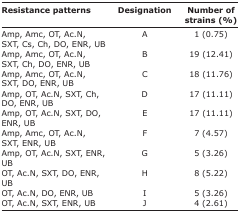
| Resistance patterns | Designation | Number of strains (%) |
 | --- | --- | --- |
 | Amp, Amc, OT, Ac.N, SXT, Cs, Ch, DO, ENR, UB | A | 1 (0.75) |
 | Amp, Amc, OT, Ac.N, SXT, Ch, DO, ENR, UB | B | 19 (12.41) |
 | Amp, Amc, OT, Ac.N, SXT, DO, ENR, UB | C | 18 (11.76) |
 | Amp, OT, Ac.N, SXT, Ch, DO, ENR, UB | D | 17 (11.11) |
 | Amp, OT, Ac.N, SXT, DO, ENR, UB | E | 17 (11.11) |
 | Amp, Amc, OT, Ac.N, SXT, ENR, UB | F | 7 (4.57) |
 | Amp, OT, Ac.N, SXT, ENR, UB | G | 5 (3.26) |
 | OT, Ac.N, SXT, DO, ENR, UB | H | 8 (5.22) |
 | OT, Ac.N, DO, ENR, UB | I | 5 (3.26) |
 | OT, Ac.N, SXT, ENR, UB | J | 4 (2.61) |